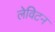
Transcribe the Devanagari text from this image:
लेविटन